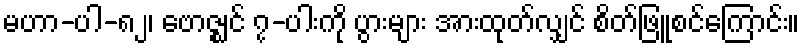
မဟာ-ပါ-၈၂၊ ဗောဇ္ဈင် ၇-ပါးကို ပွားများ အားထုတ်လျှင် စိတ်ဖြူစင်ကြောင်း။